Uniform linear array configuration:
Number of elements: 24
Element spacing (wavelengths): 1
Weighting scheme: blackman
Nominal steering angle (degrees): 0
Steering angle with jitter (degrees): -0.1044
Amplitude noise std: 0.05
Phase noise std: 0.05

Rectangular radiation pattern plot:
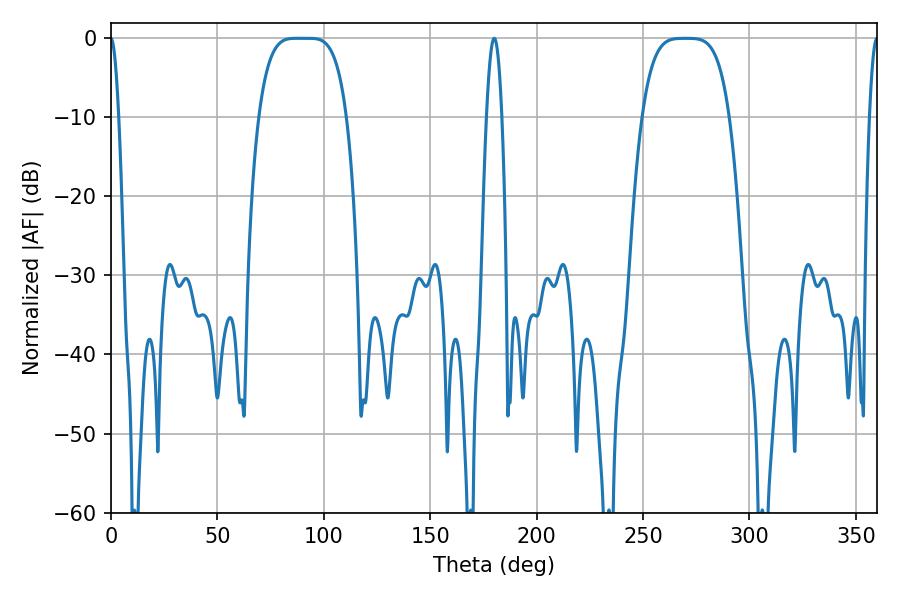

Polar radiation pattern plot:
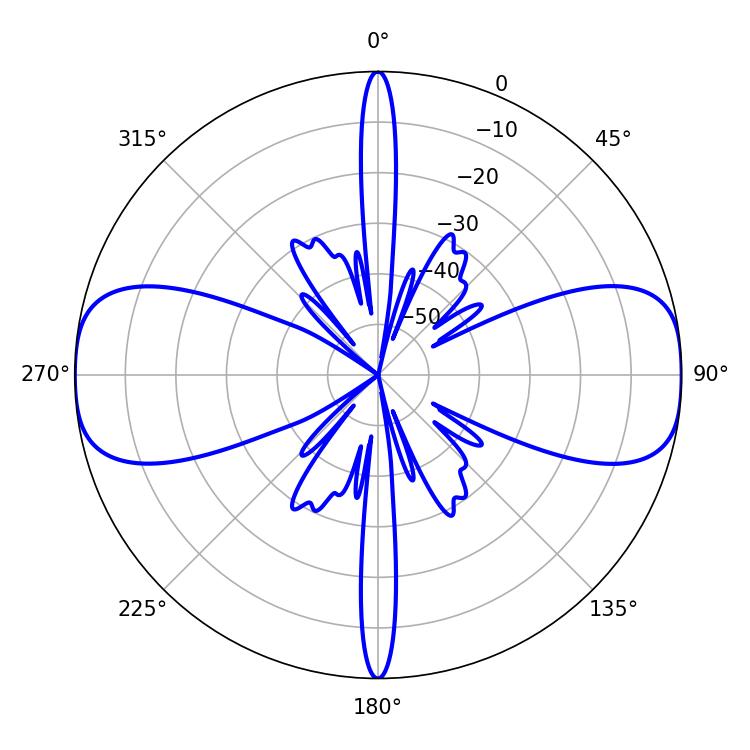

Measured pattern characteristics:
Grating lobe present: TRUE
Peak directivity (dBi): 21.056
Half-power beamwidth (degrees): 30.96
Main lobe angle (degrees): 87.12